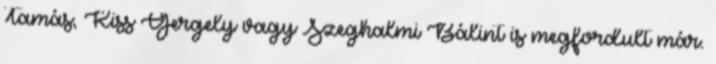
Tamás, Kiss Gergely vagy Szeghalmi Bálint is megfordult már.